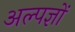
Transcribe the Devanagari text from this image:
अल्पज्ञों